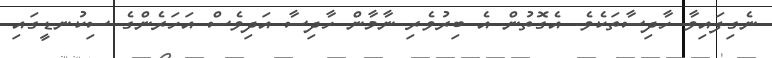
ނެގިފައިވާ ހާދިސާތަކެވެ. އެގޮތުން އެ ބިރުވެރި ނާމާން ހާދިސާ އަދިވެސް އަހަރެންގެ ސިކުނޑީގައި